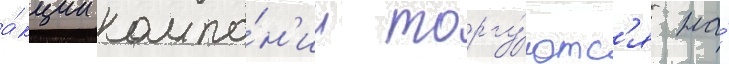
а́кции компа́н'ии торгу́ютс'я на́